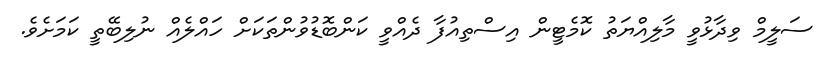
ސަލީމް ވިދާޅުވީ މާލިއްޔަތު ކޮމެޓީން އިސްތިއުފާ ދެއްވީ ކަންބޮޑުވުންތަކަށް ހައްލެއް ނުލިބޭތީ ކަމަށެވެ.